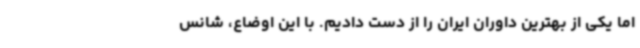
اما یکی از بهترین داوران ایران را از دست دادیم. با این اوضاع، شانس